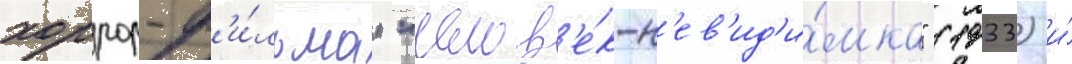
хоррор-ф'и́льмам "челов'е́к-н'ев'ид'и́мка" (1933) и́